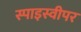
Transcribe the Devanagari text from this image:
स्पाइस्वीपर